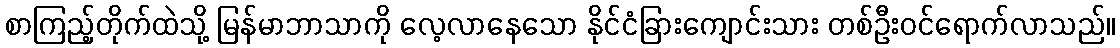
စာကြည့်တိုက်ထဲသို့ မြန်မာဘာသာကို လေ့လာနေသော နိုင်ငံခြားကျောင်းသား တစ်ဦးဝင်ရောက်လာသည်။